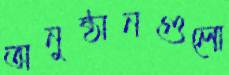
অনুষ্ঠানগুলো